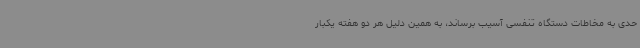
حدی به مخاطات دستگاه تنفسی آسیب برساند، به همین دلیل هر دو هفته یکبار